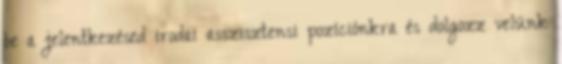
be a jelentkezésed irodai asszisztensi pozíciónkra és dolgozz velünk